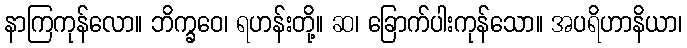
နာကြကုန်လော။ ဘိက္ခဝေ၊ ရဟန်းတို့။ ဆ၊ ခြောက်ပါးကုန်သော။ အပရိဟာနိယာ၊